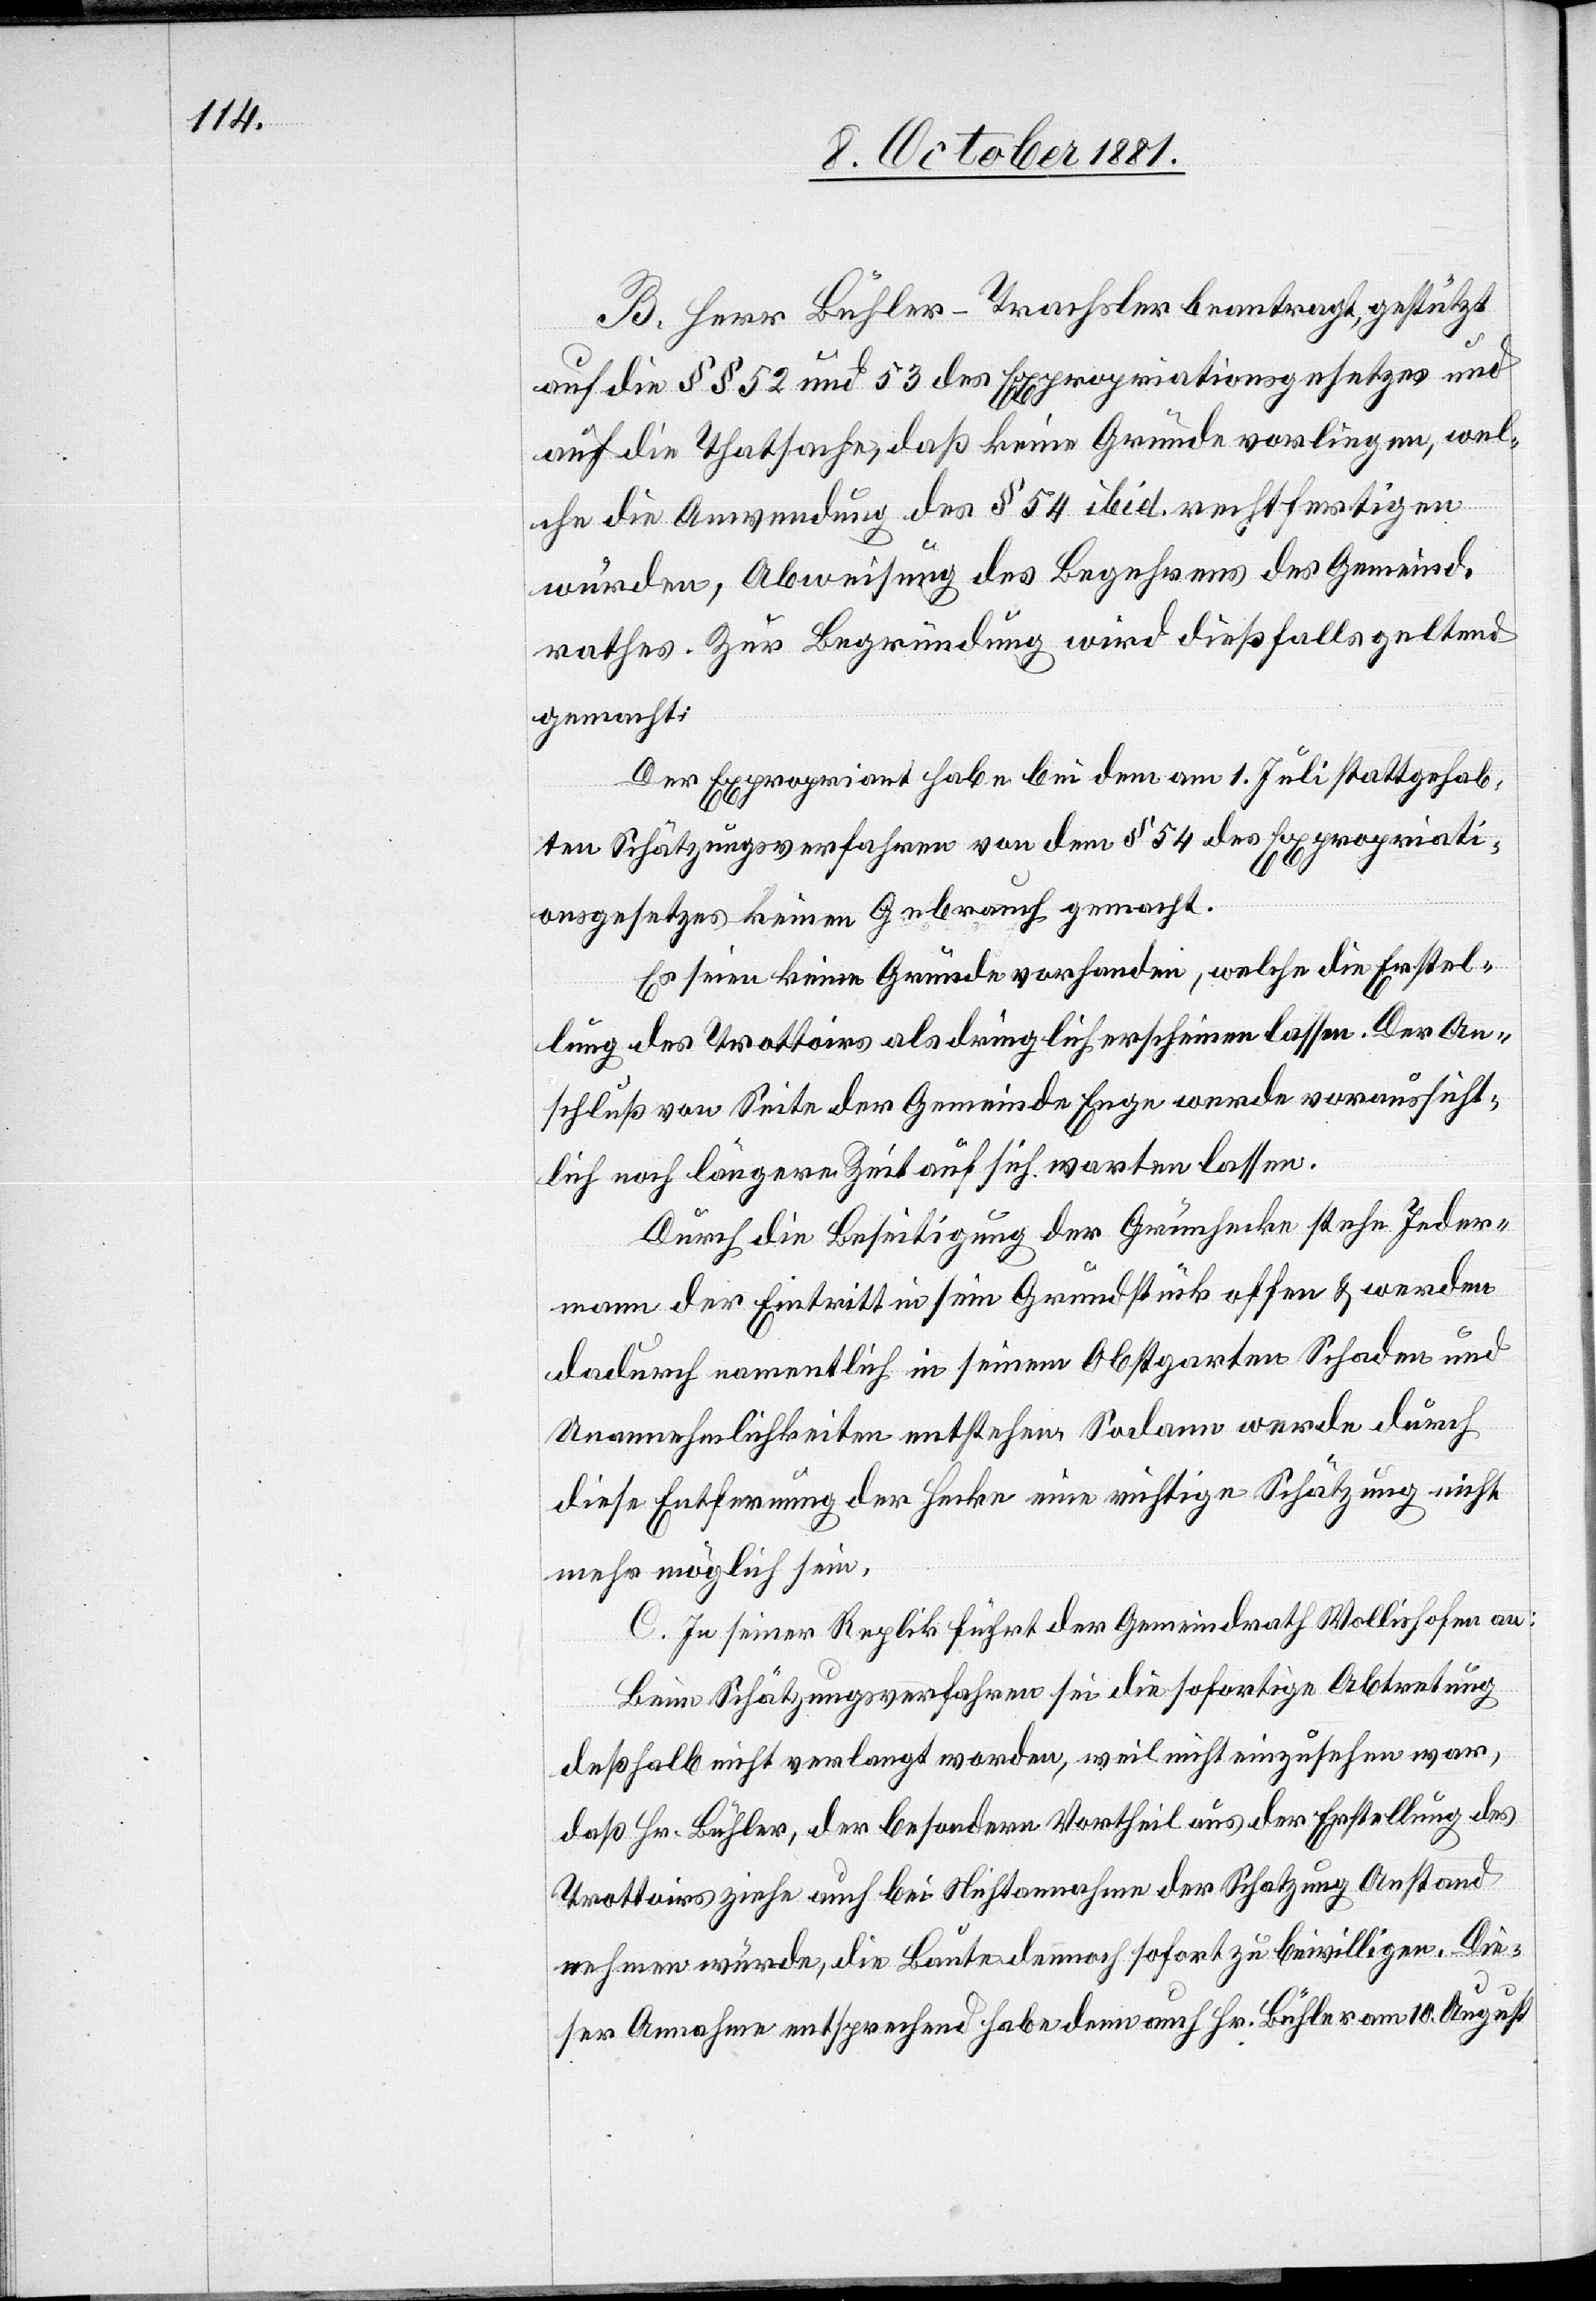
B. Herr Bühler-Trachsler beantragt, gestützt
auf die §§ 52 und 53 des Expropriationsgesetzes und
auf die Thatsache, daß keine Gründe vorliegen, wel¬
che die Anwendung des § 54 ibid. rechtfertigen
würden, Abweisung des Begehrens des Gemeind¬
rathes. Zur Begründung wird dießfalls geltend
gemacht:
Der Expropriant habe bei dem am 1. Juli stattgehab¬
ten Schätzungsverfahren von dem § 54 des Expropriati¬
onsgesetzes keinen Gebrauch gemacht.
Es seien keine Gründe vorhanden, welche die Erstel¬
lung des Trottoirs als dringlich erscheinen lassen. Der An¬
schluß von Seite der Gemeinde Enge werde voraussicht¬
lich noch längere Zeit auf sich warten lassen.
Durch die Beseitigung der Grünhecke stehe Jeder¬
mann der Eintritt in sein Grundstück offen & werde
dadurch namentlich in seinem Obstgarten Schaden und
Unannehmlichkeiten entstehen. Sodann werde durch
diese Entfernung der Hecke eine richtige Schätzung nicht
mehr möglich sein.
C. In seiner Replik führt der Gemeindrath Wollishofen an:
Beim Schätzungsverfahren sei die sofortige Abtretung
deßhalb nicht verlangt worden, weil nicht einzusehen war,
daß Hr. Bühler, der besondern Vortheil aus der Erstellung des
Trottoirs ziehe auch bei Nichtannahme der Schatzung Anstand
nehmen würde, die Baute dennoch sofort zu bewilligen. Die¬
ser Annahme entsprechend habe denn auch Hr. Bühler am 10. August